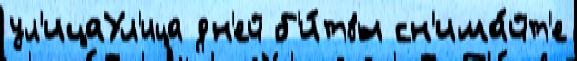
ул'ицаУл'ица дн'ей б'и́твы сн'има́йт'е